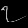
Digit: ၇